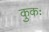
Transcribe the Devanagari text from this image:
कुकः